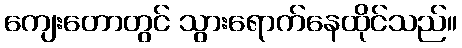
ကျေးတောတွင် သွားရောက်နေထိုင်သည်။